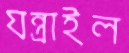
যন্ত্রাইল